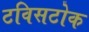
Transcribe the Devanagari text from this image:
टविसटोक